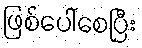
ဖြစ်ပေါ်စေပြီး